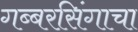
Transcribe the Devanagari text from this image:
गब्बरसिंगाचा